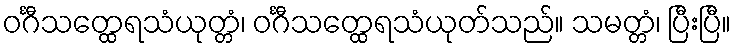
ဝင်္ဂီသတ္ထေရသံယုတ္တံ၊ ဝင်္ဂီသတ္ထေရသံယုတ်သည်။ သမတ္တံ၊ ပြီးပြီ။